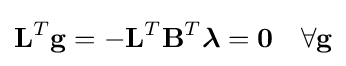
\mathbf {L} ^{T}\mathbf {g} =-\mathbf {L} ^{T}\mathbf {B} ^{T}{\boldsymbol {\lambda }}=\mathbf {0} \quad \forall \mathbf {\mathbf {g} }